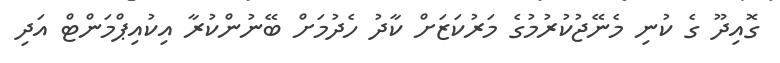
ގޮއިދޫ ގެ ކުނި މެނޭޖުކުރުމުގެ މަރުކަޒަށް ކާދު ހެދުމަށް ބޭނުންކުރާ އިކުއިޕްމަންޓް އަދި